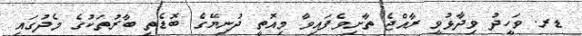
ޑރ. ވަހީދު ވިދާޅުވީ ރާއްޖެ ތާށިވެފައިވާ މިއޮތީ ދުނިޔޭގެ ބޮޑެތި ބާރުތަކުގެ މެދުގައި